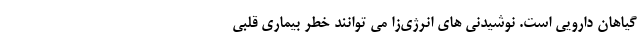
گیاهان دارویی است. نوشیدنی های انرژی‌‌زا می توانند خطر بیماری قلبی